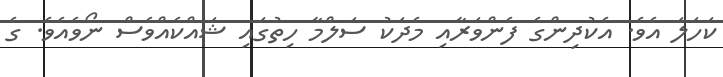
ކަހަލަ އެވެ. އެކުދިންގެ ފެންވަރާއި މެދަކު ސަލްމާ ހިތުގައި ޝައްކެއްވެސް ނޯވެއެވެ. ގެ